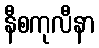
နီစကုလီနာ